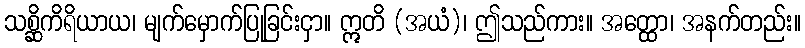
သစ္ဆိကိရိယာယ၊ မျက်မှောက်ပြုခြင်းငှာ။ ဣတိ (အယံ)၊ ဤသည်ကား။ အတ္ထော၊ အနက်တည်း။